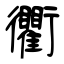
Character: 衢